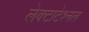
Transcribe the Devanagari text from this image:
लेक्टाटेश्नल